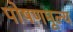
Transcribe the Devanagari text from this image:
पोषणमूल्य